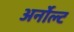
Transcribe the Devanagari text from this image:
अर्नोल्ट